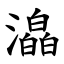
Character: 㵿